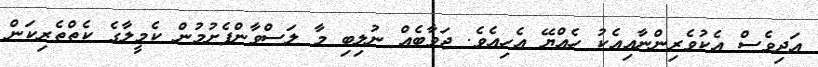
އަދިވެސް އެކުވެރިންނާއިއެކު ހެއްޔޭ އެހިއެވެ. ޖަވާބެއް ނުލިބި މާ ލަސްވާންފެށުމުން ކެމީލާގެ ކެތްތެރިކަން